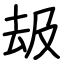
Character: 叝